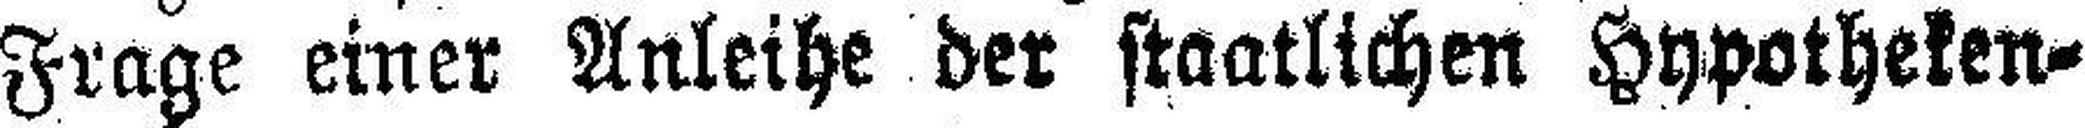
Frage einer Anleihe der staatlichen Hypotheken¬